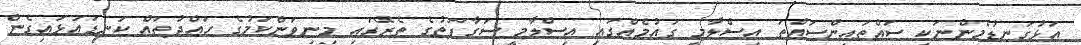
އަޅުގަނޑުމެންނަކީ ސައްތައިންސައްތަ އިސްލާމީ ގައުމެއްގައި އިސްލާމީ ސަގާފަތުގެ ތެރޭގައި މިނިވަންކަމުގެ ހައްދުތައް ކަނޑައަޅައިގެން